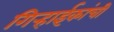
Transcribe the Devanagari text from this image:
गिर्‍हाईकांची